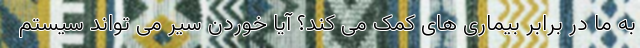
به ما در برابر بیماری های کمک می کند؟ آیا خوردن سیر می تواند سیستم